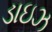
ડાઇઝ